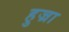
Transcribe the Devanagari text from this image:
हुज्रा